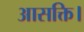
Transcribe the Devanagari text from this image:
आसक्ति।